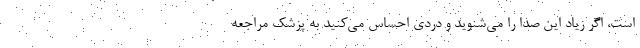
است، اگر زیاد این صدا را می‌شنوید و دردی احساس می‌کنید به پزشک مراجعه